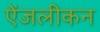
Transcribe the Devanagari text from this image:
ऐंजलीकन